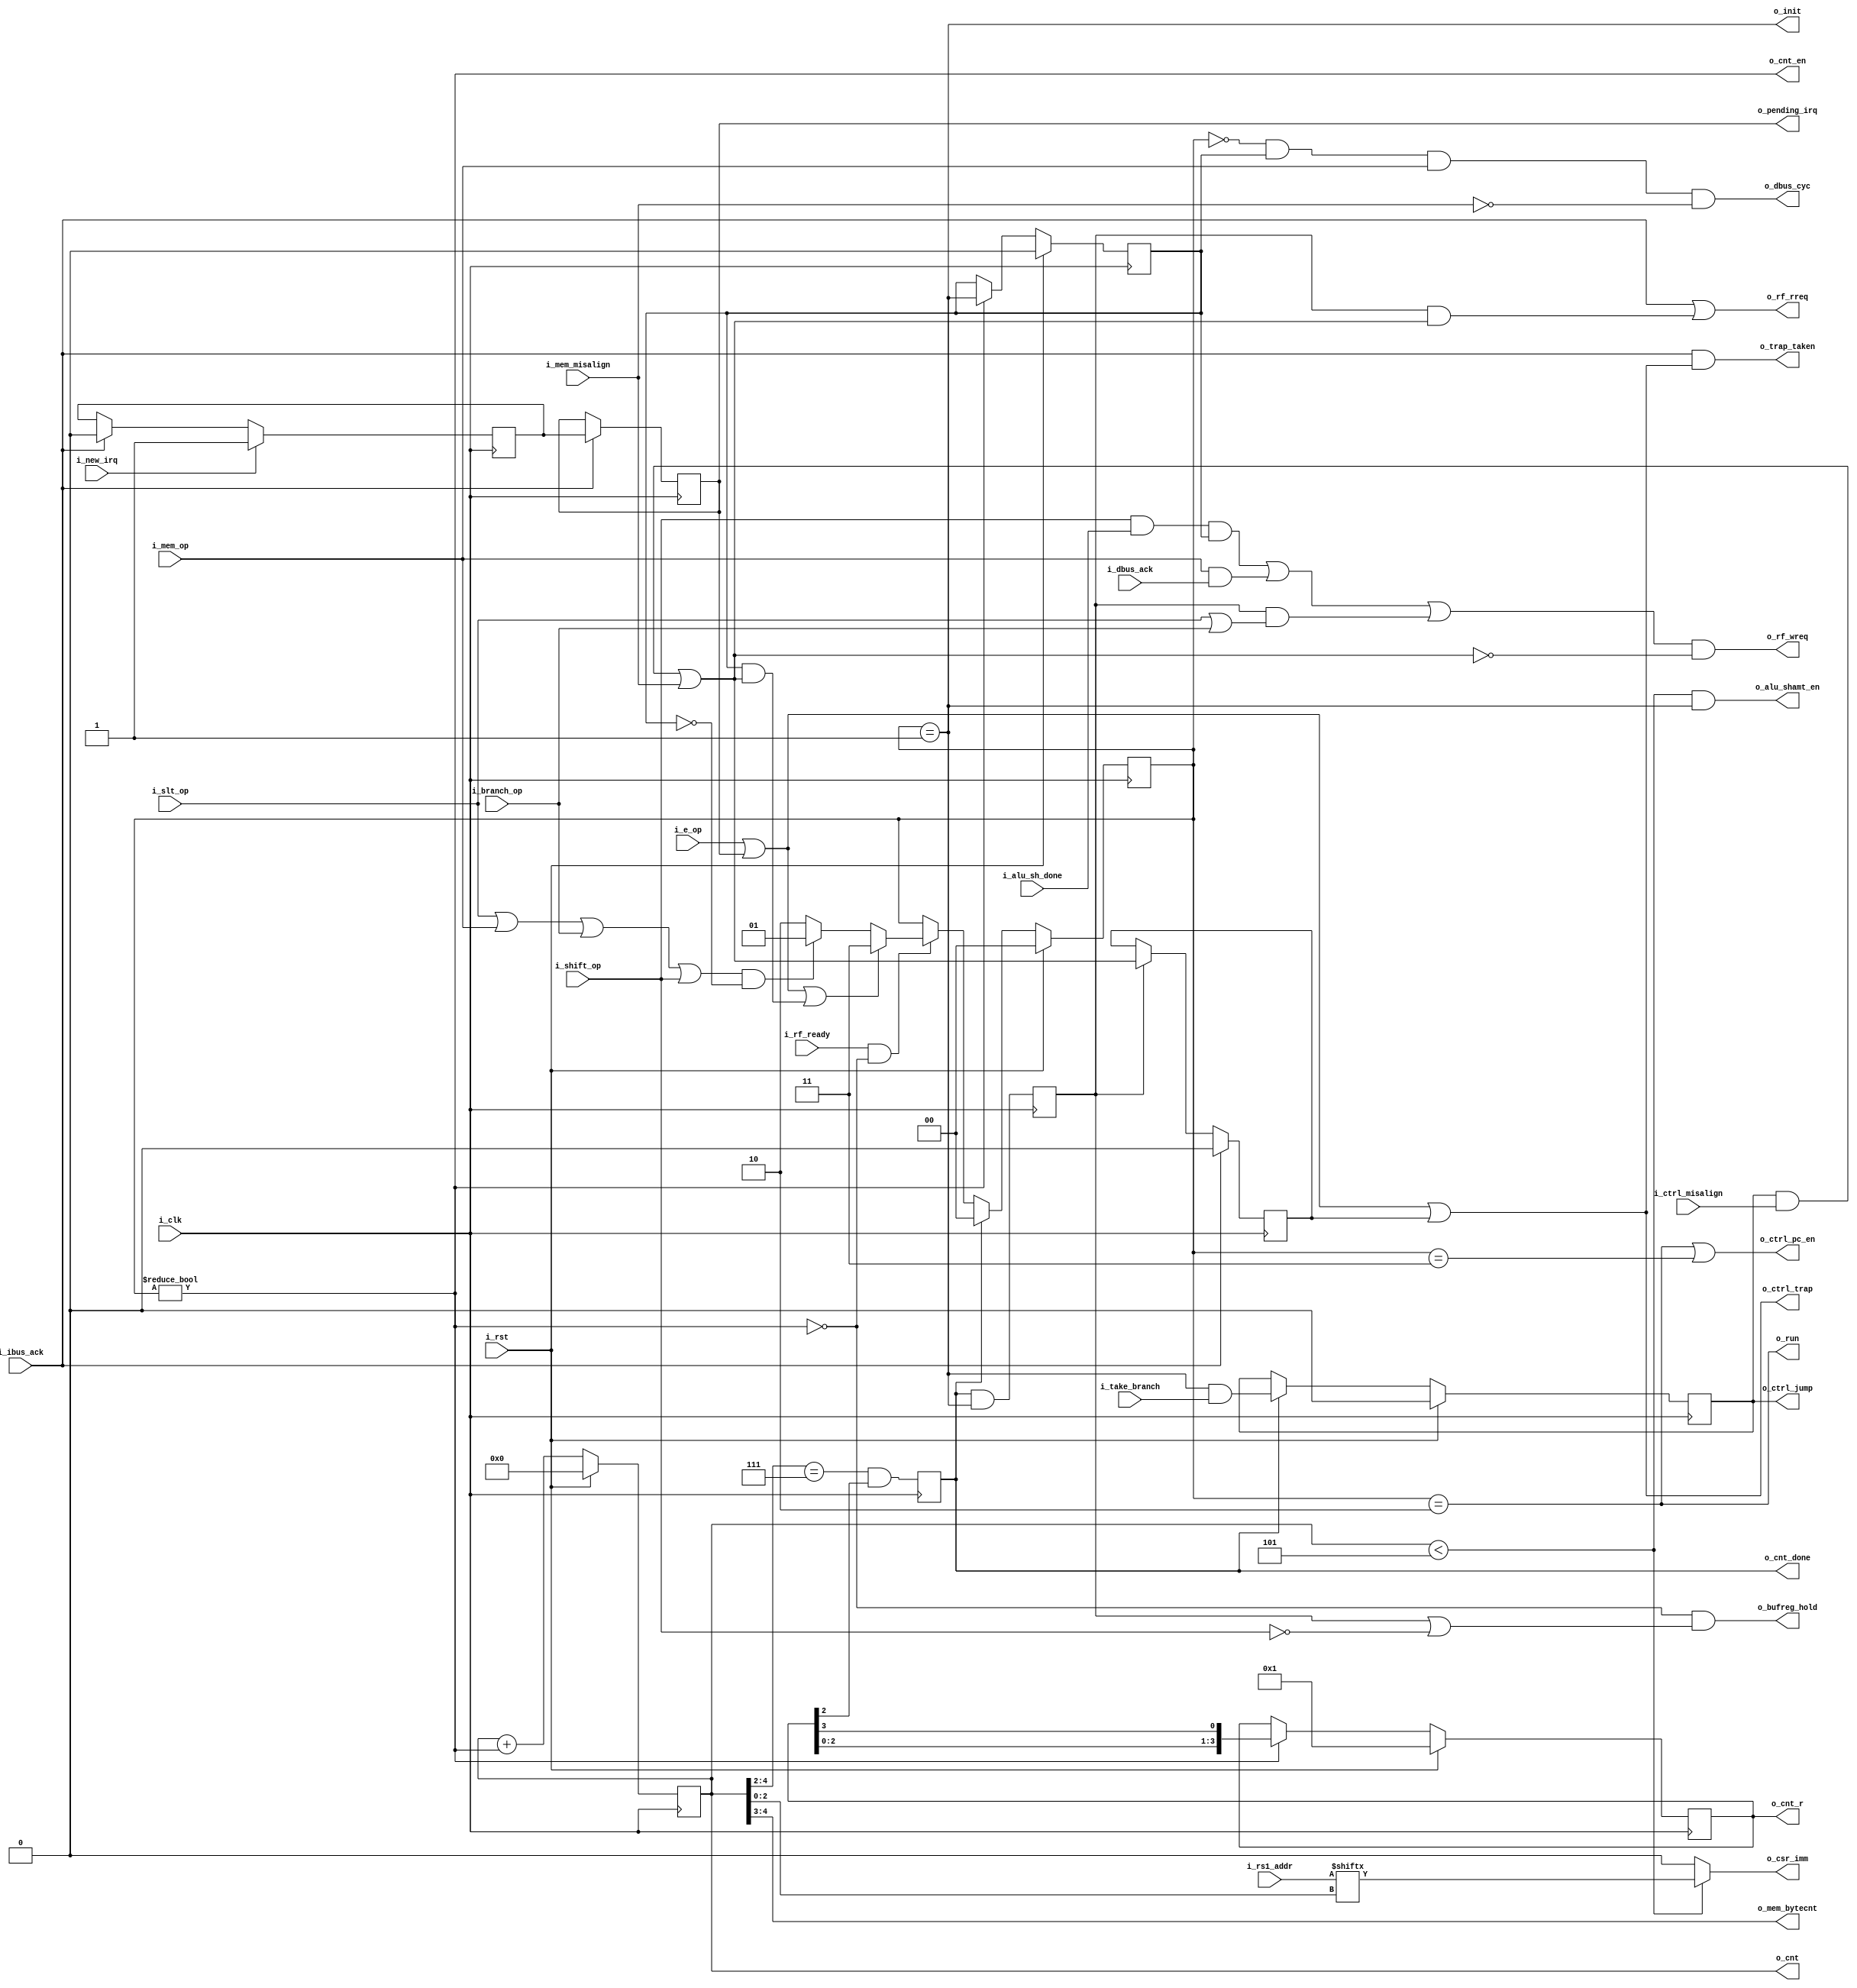
module serv_state
  (
   input wire 	     i_clk,
   input wire 	     i_rst,
   input wire 	     i_new_irq,
   output wire 	     o_trap_taken,
   output reg 	     o_pending_irq,
   input wire 	     i_dbus_ack,
   input wire 	     i_ibus_ack,
   output wire 	     o_rf_rreq,
   output wire 	     o_rf_wreq,
   input wire 	     i_rf_ready,
   input wire 	     i_take_branch,
   input wire 	     i_branch_op,
   input wire 	     i_mem_op,
   input wire 	     i_shift_op,
   input wire 	     i_slt_op,
   input wire 	     i_e_op,
   input wire [4:0]  i_rs1_addr,
   output wire 	     o_init,
   output wire 	     o_run,
   output wire 	     o_cnt_en,
   output reg [4:0]  o_cnt,
   output reg [3:0]  o_cnt_r,
   output wire 	     o_ctrl_pc_en,
   output reg 	     o_ctrl_jump,
   output wire 	     o_ctrl_trap,
   input wire 	     i_ctrl_misalign,
   output wire 	     o_alu_shamt_en,
   input wire 	     i_alu_sh_done,
   output wire 	     o_dbus_cyc,
   output wire [1:0] o_mem_bytecnt,
   input wire 	     i_mem_misalign,
   output wire 	     o_cnt_done,
   output wire 	     o_bufreg_hold,
   output wire 	     o_csr_imm);

   localparam [1:0]
     IDLE     = 2'd0,
     INIT     = 2'd1,
     RUN      = 2'd2,
     TRAP     = 2'd3;

   reg [1:0]    state;

   reg 	cnt_done;
   reg 	stage_two_req;
   wire cnt_en;
   wire running;

   assign o_cnt_done = cnt_done;

   //Update PC in RUN or TRAP states
   assign o_ctrl_pc_en  = running | (state == TRAP);

   assign o_csr_imm = (o_cnt < 5) ? i_rs1_addr[o_cnt[2:0]] : 1'b0;
   assign o_alu_shamt_en = (o_cnt < 5) & (state == INIT);

   assign o_mem_bytecnt = o_cnt[4:3];

   assign cnt_en = (state != IDLE);
   assign o_cnt_en   = cnt_en;

   assign o_init = (state == INIT);

   assign running = (state == RUN);
   assign o_run = running;

   //slt*, branch/jump, shift, load/store
   wire two_stage_op = i_slt_op | i_mem_op | i_branch_op | i_shift_op;

   reg 	stage_two_pending;

   reg 	irq_sync;
   reg 	misalign_trap_sync;

   assign o_dbus_cyc = (state == IDLE) & stage_two_pending & i_mem_op & !i_mem_misalign;

   wire trap_pending = (o_ctrl_jump & i_ctrl_misalign) | i_mem_misalign;

   //Prepare RF for reads when a new instruction is fetched
   // or when stage one caused an exception (rreq implies a write request too)
   assign o_rf_rreq = i_ibus_ack | (stage_two_req & trap_pending);

   //Prepare RF for writes when everything is ready to enter stage two
   assign o_rf_wreq = ((i_shift_op & i_alu_sh_done & stage_two_pending) | (i_mem_op & i_dbus_ack) | (stage_two_req & (i_slt_op | i_branch_op))) & !trap_pending;

   //Shift operations require bufreg to hold for one cycle between INIT and RUN before shifting
   assign o_bufreg_hold = !cnt_en & (stage_two_req | ~i_shift_op);

   assign o_ctrl_trap = i_e_op | o_pending_irq | misalign_trap_sync;
   assign o_trap_taken = i_ibus_ack & o_ctrl_trap;


   always @(posedge i_clk) begin
      if (cnt_done)
	o_ctrl_jump <= (state == INIT) & i_take_branch;

      if (cnt_en)
	stage_two_pending <= o_init;

      if (i_ibus_ack)
	irq_sync <= 1'b0;
      if (i_new_irq)
	irq_sync <= 1'b1;

      if (i_ibus_ack)
	o_pending_irq <= irq_sync;

      cnt_done <= (o_cnt[4:2] == 3'b111) & o_cnt_r[2];

      //Need a strobe for the first cycle in the IDLE state after INIT
      stage_two_req <= cnt_done & (state == INIT);

      if (stage_two_req)
	misalign_trap_sync <= trap_pending;
      if (i_ibus_ack)
	misalign_trap_sync <= 1'b0;

      if (i_rf_ready && !cnt_en)
	if (i_e_op | o_pending_irq | (stage_two_pending & trap_pending))
	  state <= TRAP;
	else if (two_stage_op & !stage_two_pending)
	  state <= INIT;
	else
	  state <= RUN;

      if (cnt_done)
        state <= IDLE;

      o_cnt <= o_cnt + {4'd0,cnt_en};
      if (cnt_en)
	o_cnt_r <= {o_cnt_r[2:0],o_cnt_r[3]};

      if (i_rst) begin
	 state <= IDLE;
	 o_cnt   <= 5'd0;
	 stage_two_pending <= 1'b0;
	 o_ctrl_jump <= 1'b0;
	 o_cnt_r <= 4'b0001;
      end
   end

endmodule